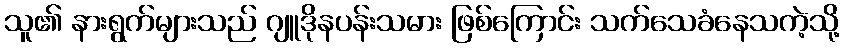
သူ၏ နားရွက်များသည် ဂျူဒိုနပန်းသမား ဖြစ်ကြောင်း သက်သေခံနေသကဲ့သို့